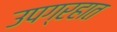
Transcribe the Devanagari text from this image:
उपग्रहात